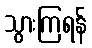
သွားကြရန်